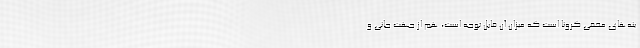
ینه‌های مخفی کرونا است که میزان آن قابل توجه است، هم از جهت جانی و